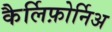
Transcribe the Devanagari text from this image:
कैर्लिफ़ोर्निअ